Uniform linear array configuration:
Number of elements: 16
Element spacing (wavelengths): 0.25
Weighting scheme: cosine
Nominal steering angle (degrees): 0
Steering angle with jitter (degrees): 1.334
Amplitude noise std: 0.05
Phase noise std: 0.05

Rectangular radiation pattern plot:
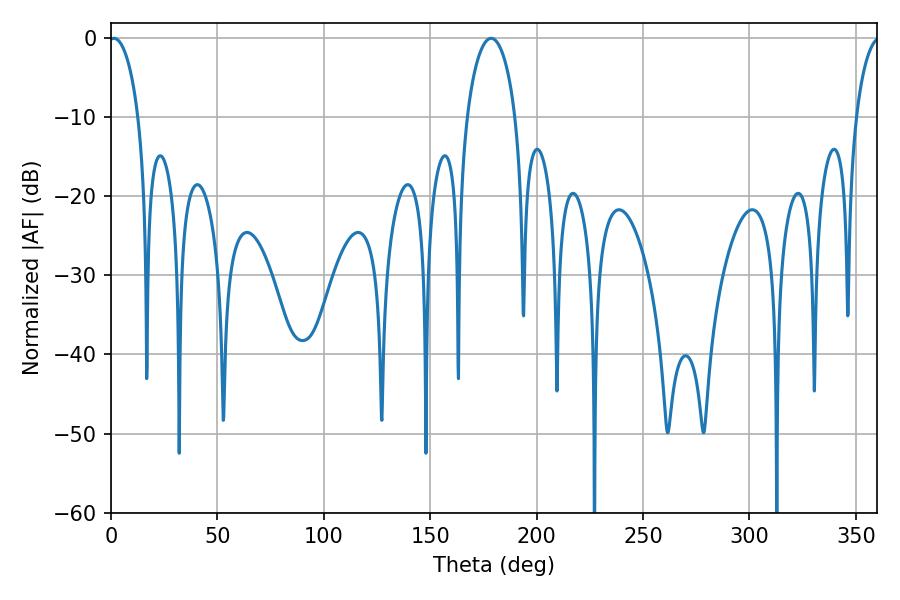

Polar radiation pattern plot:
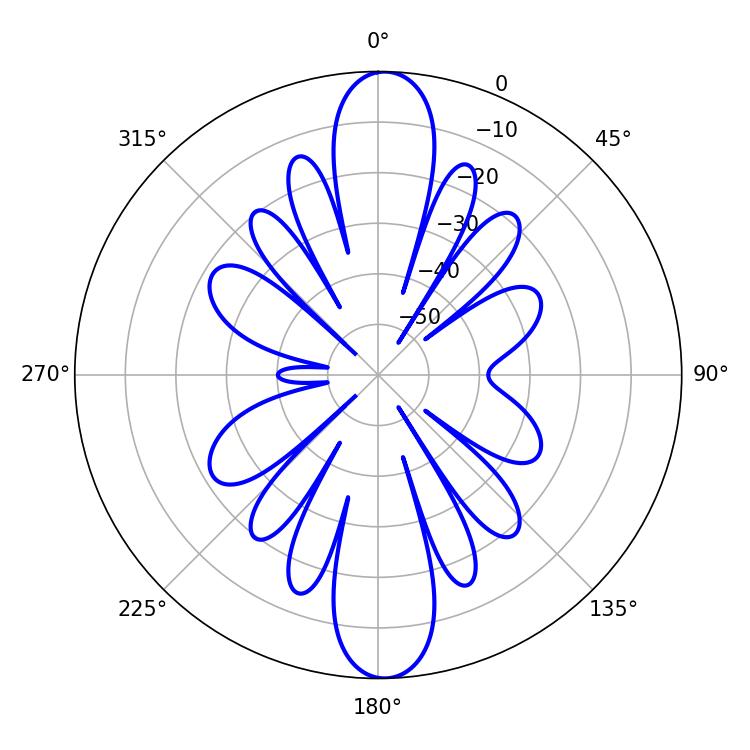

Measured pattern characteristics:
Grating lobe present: FALSE
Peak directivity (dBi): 22.539
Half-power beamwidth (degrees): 7.92
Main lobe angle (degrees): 1.44